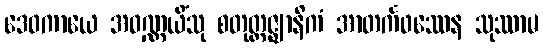
ဒေဝကာယေ အဝဏ္ဏယိံသု စတုတ္ထဇ္ဈာနိကံ အာတင်္ကဖဿေန သုဿာမ